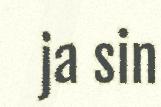
ja sin